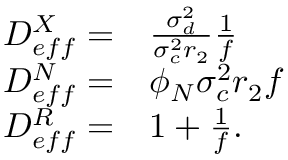
\begin{array} { r l } { D _ { e f f } ^ { X } = } & { { } \frac { \sigma _ { d } ^ { 2 } } { \sigma _ { c } ^ { 2 } r _ { 2 } } \frac { 1 } { f } } \\ { D _ { e f f } ^ { N } = } & { { } \phi _ { N } { \sigma _ { c } ^ { 2 } r _ { 2 } } f } \\ { D _ { e f f } ^ { R } = } & { { } 1 + \frac { 1 } { f } . } \end{array}